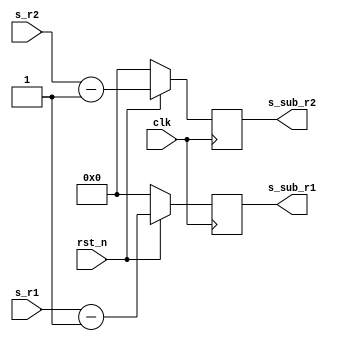
module count_sub(clk, rst_n,s_r1,s_r2, s_sub_r1, s_sub_r2);

input clk, rst_n;
input [5:0] s_r1 , s_r2;
output reg [5:0] s_sub_r1, s_sub_r2;

//control road 1
always@(posedge clk )
begin
	if(!rst_n)
		s_sub_r1 <= 0 ;
		
	else
		s_sub_r1 <= s_r1 - 1;
end

//control road 2

always@ (posedge clk)
begin
	if(!rst_n)
		s_sub_r2 <= 0 ;
		
	else
		s_sub_r2 <= s_r2 - 1;
end
endmodule